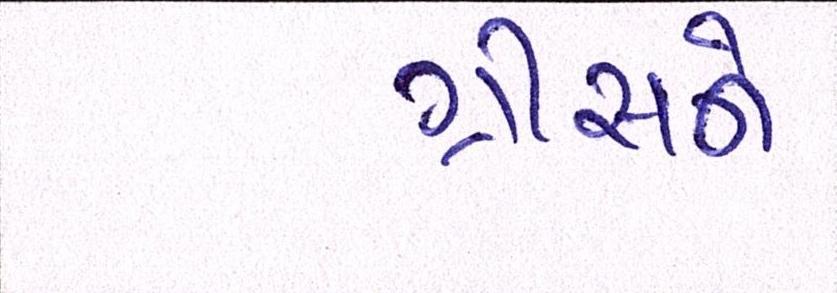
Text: ગ્રીસને